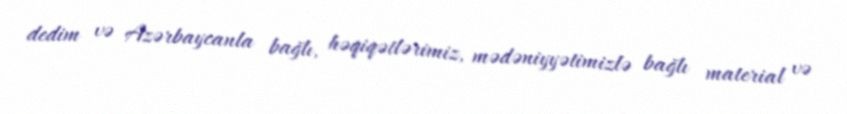
dedim və Azərbaycanla bağlı, həqiqətlərimiz, mədəniyyətimizlə bağlı material və